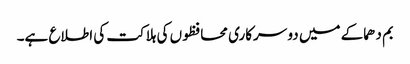
بم دھماکے میں دو سرکاری محافظوں کی ہلاکت کی اطلاع ہے۔